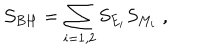
{ \cal S } _ { B H } = \sum _ { i = 1 , 2 } S _ { E _ { i } } S _ { M _ { i } } \; ,